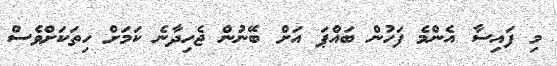
މި ފައިސާ އެންމެ ފަހުން ބައްޕަ އަށް ބޭނުން ޖެހިދާނެ ކަމަށް ހިތަކަށްވެސް